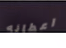
اعطائه